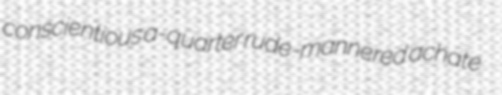
conscientious a-quarter rude-mannered achate